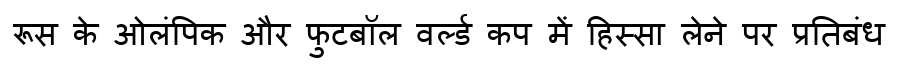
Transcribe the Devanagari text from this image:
रूस के ओलंपिक और फुटबॉल वर्ल्ड कप में हिस्सा लेने पर प्रतिबंध